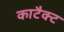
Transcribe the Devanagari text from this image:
काटैक्ट